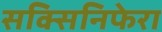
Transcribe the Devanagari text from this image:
सक्सिनिफेरा